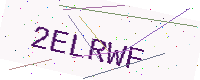
Text: 2ELRWF